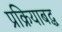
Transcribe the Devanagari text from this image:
प्रक्रियाबद्ध